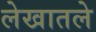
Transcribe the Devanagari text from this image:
लेखातले